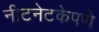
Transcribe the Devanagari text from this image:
नीटनेटकेपणे